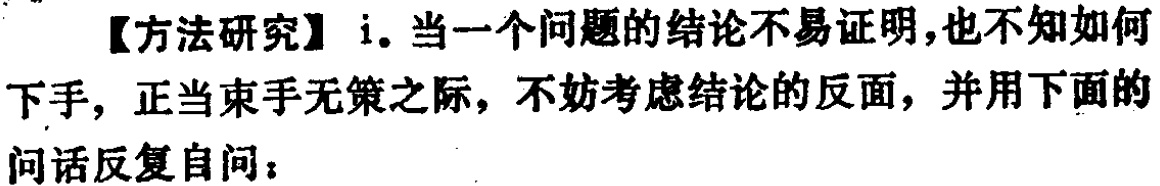
【方法研究】i. 当一个问题的结论不易证明,也不知如何下手, 正当束手无策之际, 不妨考虑结论的反面, 并用下面的问话反复自问：